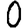
Digit: 0